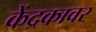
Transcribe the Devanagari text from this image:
केंद्रकावर